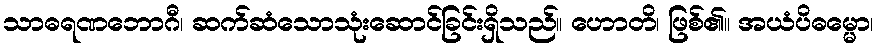
သာဓရဏဘောဂီ၊ ဆက်ဆံသောသုံးဆောင်ခြင်းရှိသည်။ ဟောတိ၊ ဖြစ်၏။ အယံပိဓမ္မော၊